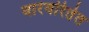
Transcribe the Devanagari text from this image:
वारंवरितेत